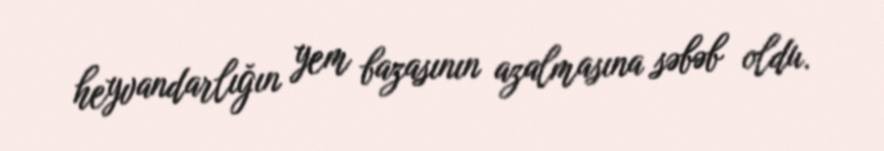
heyvandarlığın yem bazasının azalmasına səbəb oldu.